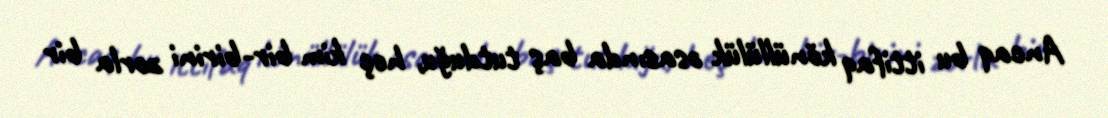
Ancaq bu ittifaq könüllülük əsasında baş tutduğu, heç kim bir-birini zorla bir